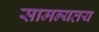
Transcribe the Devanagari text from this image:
सामन्यतय